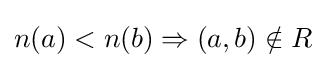
n(a)<n(b)\Rightarrow (a,b)\notin R